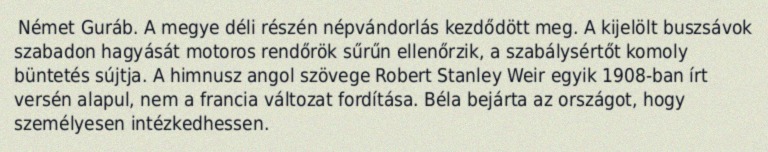
Német Guráb. A megye déli részén népvándorlás kezdődött meg. A kijelölt buszsávok szabadon hagyását motoros rendőrök sűrűn ellenőrzik, a szabálysértőt komoly büntetés sújtja. A himnusz angol szövege Robert Stanley Weir egyik 1908-ban írt versén alapul, nem a francia változat fordítása. Béla bejárta az országot, hogy személyesen intézkedhessen.